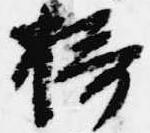
摂